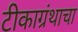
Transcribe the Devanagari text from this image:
टीकाग्रंथाचा